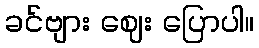
ခင်ဗျား ဈေး ပြောပါ။